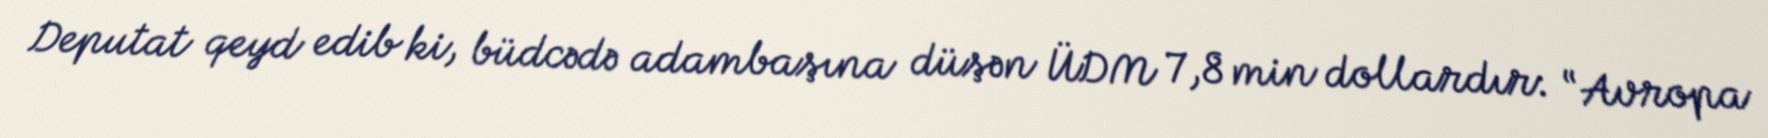
Deputat qeyd edib ki, büdcədə adambaşına düşən ÜDM 7,8 min dollardır: “Avropa